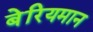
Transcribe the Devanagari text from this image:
बेरियमान